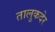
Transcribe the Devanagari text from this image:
तालुकदेर